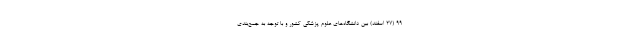
99 (۲۷ اسفند) بین دانشگاه‌های علوم پزشکی کشور و با توجه به جمع‌بندی